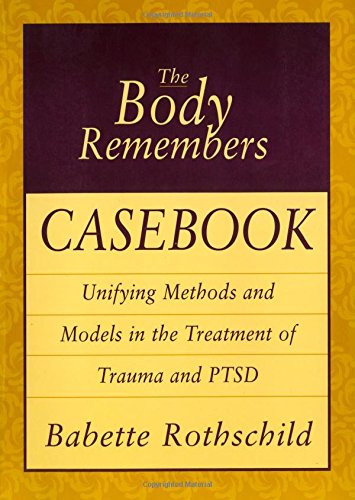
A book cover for The Body Remembers Casebook: Unifying Methods and Models in the Treatment of Trauma and PTSD (Norton Professional Books); Babette Rothschild; Medical Books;